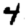
Digit: 4